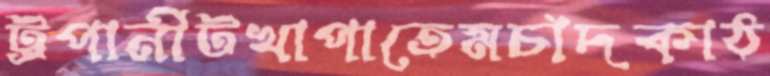
ট্রপানীটখাপাতেমচাঁদকাঠ